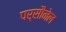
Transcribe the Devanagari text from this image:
पर्सौनेल